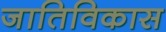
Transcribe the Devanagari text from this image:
जातिविकास